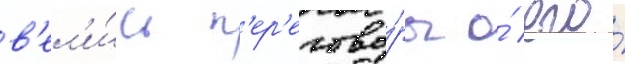
в'ел'и́сь п'ер'егово́ры о́ его́